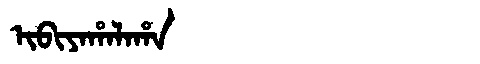
Manchu: ᡳᠪᡳᠶᠠᡥᠠᠯᠠᡥᠠ
Romanization: IBIYAHALAHA